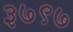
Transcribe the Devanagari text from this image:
३७९७